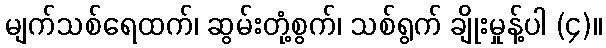
မျက်သစ်ရေထက်၊ ဆွမ်းတုံ့စွက်၊ သစ်ရွက် ချိုးမှုန့်ပါ (၄)။